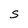
Character: S